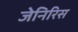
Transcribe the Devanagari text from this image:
जेनिरिस